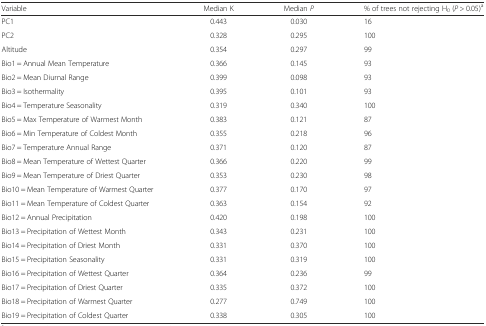
| Variable | Median K | Median P | % of trees not rejecting H0 (P > 0.05)a |
 | --- | --- | --- | --- |
 | PC1 | 0.443 | 0.030 | 16 |
 | PC2 | 0.328 | 0.295 | 100 |
 | Altitude | 0.354 | 0.297 | 99 |
 | Bio1 = Annual Mean Temperature | 0.366 | 0.145 | 93 |
 | Bio2 = Mean Diurnal Range | 0.399 | 0.098 | 93 |
 | Bio3 = Isothermality | 0.395 | 0.101 | 93 |
 | Bio4 = Temperature Seasonality | 0.319 | 0.340 | 100 |
 | Bio5 = Max Temperature of Warmest Month | 0.383 | 0.121 | 87 |
 | Bio6 = Min Temperature of Coldest Month | 0.355 | 0.218 | 96 |
 | Bio7 = Temperature Annual Range | 0.371 | 0.120 | 87 |
 | Bio8 = Mean Temperature of Wettest Quarter | 0.366 | 0.220 | 99 |
 | Bio9 = Mean Temperature of Driest Quarter | 0.353 | 0.230 | 98 |
 | Bio10 = Mean Temperature of Warmest Quarter | 0.377 | 0.170 | 97 |
 | Bio11 = Mean Temperature of Coldest Quarter | 0.363 | 0.154 | 92 |
 | Bio12 = Annual Precipitation | 0.420 | 0.198 | 100 |
 | Bio13 = Precipitation of Wettest Month | 0.343 | 0.231 | 100 |
 | Bio14 = Precipitation of Driest Month | 0.331 | 0.370 | 100 |
 | Bio15 = Precipitation Seasonality | 0.331 | 0.319 | 100 |
 | Bio16 = Precipitation of Wettest Quarter | 0.364 | 0.236 | 99 |
 | Bio17 = Precipitation of Driest Quarter | 0.335 | 0.372 | 100 |
 | Bio18 = Precipitation of Warmest Quarter | 0.277 | 0.749 | 100 |
 | Bio19 = Precipitation of Coldest Quarter | 0.338 | 0.305 | 100 |